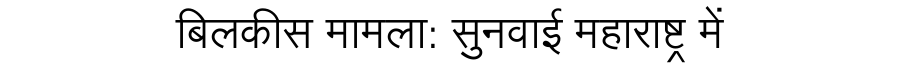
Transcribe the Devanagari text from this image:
बिलकीस मामला: सुनवाई महाराष्ट्र में